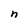
Character: h